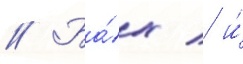
// Ба́х / и́